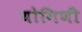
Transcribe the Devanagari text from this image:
योगिणी